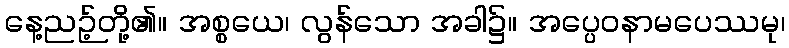
နေ့ညဉ့်တို့၏။ အစ္စယေ၊ လွန်သော အခါ၌။ အပ္ပေဝနာမပေဿမု၊